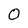
Character: O